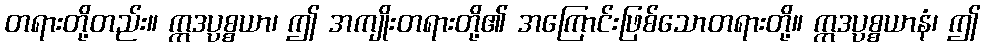
တရားတို့တည်း။ ဣဒပ္ပစ္စယာ၊ ဤ အကျိုးတရားတို့၏ အကြောင်းဖြစ်သောတရားတို့။ ဣဒပ္ပစ္စယာနံ၊ ဤ